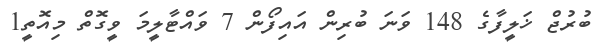
ބުރުޖް ޚަލީފާގެ 148 ވަަނަ ބުރިން އައިފޯން 7 ވައްޓާލީމަ ވީގޮތް މިއޮތީ1